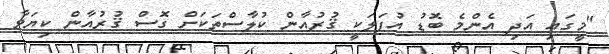
"މީގައި އަދި އެންމެ ބޮޑު އުފަލަކީ ޤުރުއާން ކުލާސްތަކަށް ގޮސް ޤުރުއާން ކިޔަވާ